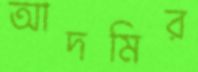
আদমির